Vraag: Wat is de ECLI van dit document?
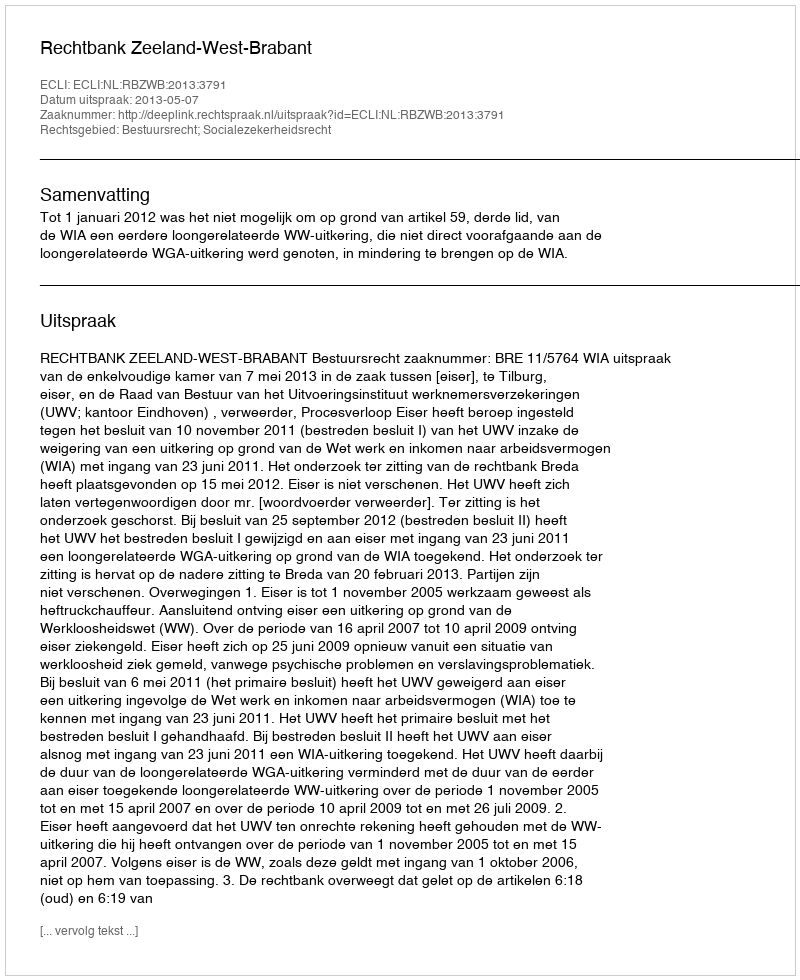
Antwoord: ECLI:NL:RBZWB:2013:3791